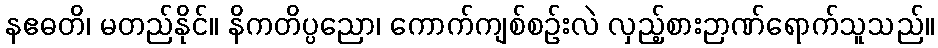
နဧဓတိ၊ မတည်နိုင်။ နိကတိပ္ပညော၊ ကောက်ကျစ်စဉ်းလဲ လှည့်စားဉာဏ်ရောက်သူသည်။